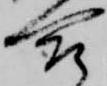
合